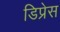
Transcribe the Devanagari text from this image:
डिप्रेस